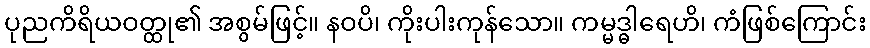
ပုညကိရိယဝတ္ထု၏ အစွမ်ဖြင့်။ နဝပိ၊ ကိုးပါးကုန်သော။ ကမ္မဒ္ဓါရေဟိ၊ ကံဖြစ်ကြောင်း